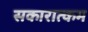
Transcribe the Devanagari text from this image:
सकारात्‍कम